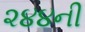
૨૪૪ની